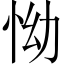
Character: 怮